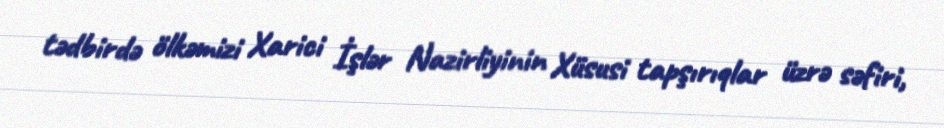
tədbirdə ölkəmizi Xarici İşlər Nazirliyinin Xüsusi tapşırıqlar üzrə səfiri,